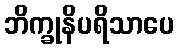
ဘိက္ခုနိပရိသာပေ